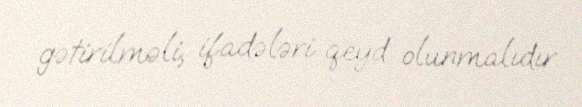
gətirilməli, ifadələri qeyd olunmalıdır.